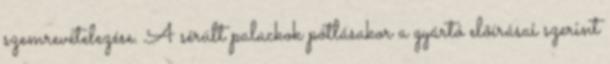
szemrevételezése. A sérült palackok pótlásakor a gyártó elõírásai szerint